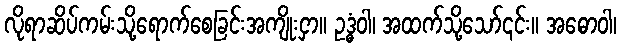
လိုရာဆိပ်ကမ်းသို့ရောက်စေခြင်းအကျိုးငှာ။ ဥဒ္ဓံဝါ၊ အထက်သို့သော်၎င်း။ အဓောဝါ၊